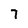
Character: 7